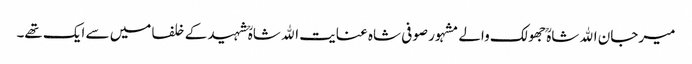
میرجان اﷲ شاہؒ جھولک والے مشہور صوفی شاہ عنایت اﷲ شاہؒ شہید کے خلفا میں سے ایک تھے۔